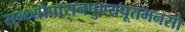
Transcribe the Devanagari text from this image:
सन्ध्योपासनपुण्यपूतमनसो